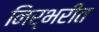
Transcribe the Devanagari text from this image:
निर्भरीत